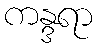
ကန္ဒရာ